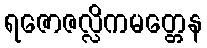
ရဇောဇလ္လိကမတ္တေန